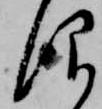
仰